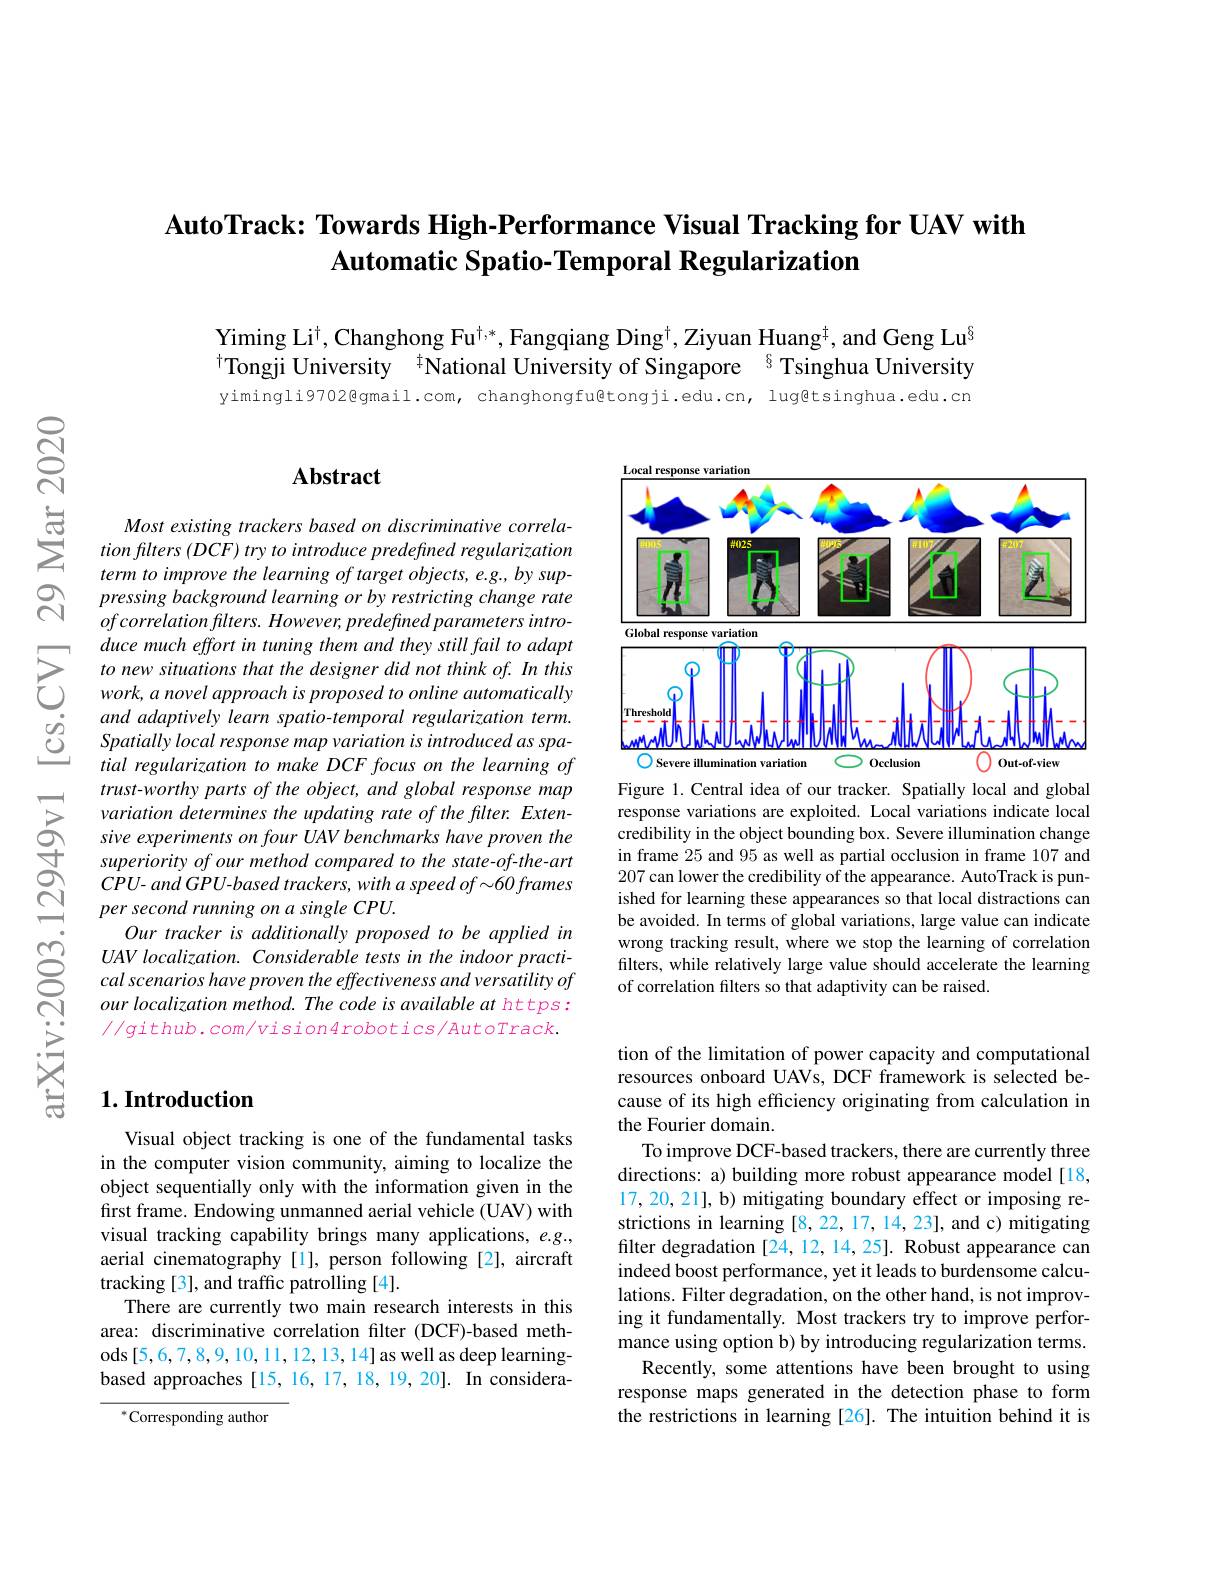
## AutoTrack: Towards High-Performance Visual Tracking for UAV with $\textbf{Automatic Spatio- Temporal Regularization}$

Yiming Li$^\dagger$,Changhong Fu$^\dagger,*$,Fangqiang Ding$^\dagger$,Ziyuan Huang$^\dagger$,and Geng Lu$^{\S}$ $^{\dagger}$Tongji University $^{\dagger}$National University of Singapore $^{8}$ Tsinghua University

yimingli9702@gmail.com, changhongfu@tongji.edu.cn, lug@tsinghua.edu.cn

## $\mathbf{Abstract}$

Most existing trackers based on discriminative correla- $tionflters\left(DCF\right)trytointroducepredefined$ regularization term to improve the learning of target objects, e.g., by suppressing background learning or by restricting change rate $ofcorrelationfilters.However,predefinedparametersintro-$ duce much effort in tuning them and they still fail to adapt to new situations that the designer did not think of. In this work, a novel approach is proposed to online automatically and adaptively learn spatio-temporal regularization term. Spatially local response map variation is introduced as spatial regularization to make DCF focus on the learning of trust-worthy parts of the object, and global response map variation determines the updating rate of the flter. Extensive experiments on four UAV benchmarks have proven the superiority of our method compared to the state-of-the-art $CPU-andGPU-based$ trackers, with a speed of~-60 frames per second running on a single CPU.
Our tracker is additionally proposed to be applied in UAV localization. Considerable tests in the indoor practical scenarios have proven the effectiveness and versatility of our localization method. The code is available at https: $//g$ithub.com/vision4robotics/AutoTrack.

## $1. \textbf{Introduction}$

Visual object tracking is one of the fundamental tasks in the computer vision community, aiming to localize the object sequentially only with the information given in the first frame. Endowing unmanned aerial vehicle (UAV) with visual tracking capability brings many applications, $e.g.$, aerial cinematography[1], person following [2], aircraft tracking[3], and traffic patrolling [4].
There are currently two main research interests in this area: discriminative correlation filter (DCF)-based methods [5,6,7,8,9,10,11,12,13,14] as well as deep learningbased approaches [15, 16, 17, 18, 19, 20]. In considera-

$^*$Corresponding author

<FigureHere>

Figure 1.Central idea of our tracker. Spatially local and global response variations are exploited. Local variations indicate local credibility in the object bounding box. Severe illumination change in frame 25 and 95 as well as partial occlusion in frame 107 and 207 can lower the credibility of the appearance. AutoTrack is punished for learning these appearances so that local distractions can be avoided. In terms of global variations, large value can indicate wrong tracking result, where we stop the learning of correlation filters, while relatively large value should accelerate the learning of correlation filters so that adaptivity can be raised.

tion of the limitation of power capacity and computational resources onboard UAVs, DCF framework is selected because of its high efficiency originating from calculation in the Fourier domain.
To improve DCF-based trackers, there are currently three directions: a) building more robust appearance model[18, 17, 20, 21], b) mitigating boundary effect or imposing restrictions in learning [8,22,17,14,23], and c) mitigating filter degradation [24,12,14,25]. Robust appearance can indeed boost performance, yet it leads to burdensome calculations. Filter degradation, on the other hand, is not improving it fundamentally. Most trackers try to improve performance using option b) by introducing regularization terms.
Recently, some attentions have been brought to using response maps generated in the detection phase to form the restrictions in learning [26]. The intuition behind it is